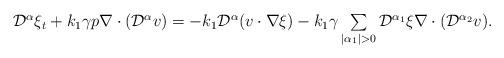
LaTeX: \begin{align*}\begin{array}{ll}\mathcal{D}^{\alpha}\xi_t + k_1\gamma p\nabla\cdot (\mathcal{D}^{\alpha} v) = -k_1\mathcal{D}^{\alpha}(v\cdot\nabla\xi) - k_1\gamma\sum\limits_{|\alpha_1|>0}\mathcal{D}^{\alpha_1}\xi \nabla\cdot (\mathcal{D}^{\alpha_2} v).\end{array}\end{align*}